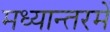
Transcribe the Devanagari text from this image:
मध्यान्तरमें